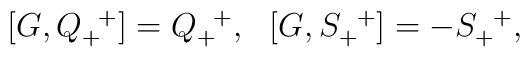
\begin{array}{ll}[G,Q_+^{\enskip +}]=Q_+^{\enskip +}, &[G,S_+^{\enskip +}]=-S_+^{\enskip +},\end{array}